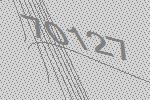
70127